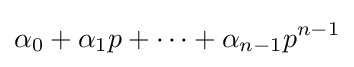
\alpha _{0}+\alpha _{1}p+\cdots +\alpha _{n-1}p^{n-1}